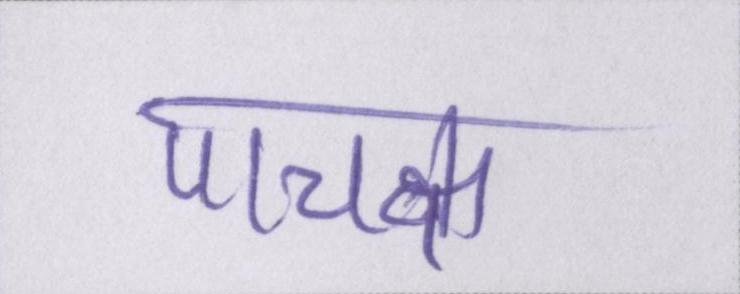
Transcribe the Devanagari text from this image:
पाचक